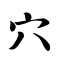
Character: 穴